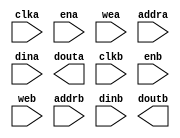
module ram_16x1k_dp (
  clka,
  ena,
  wea,
  addra,
  dina,
  douta,
  clkb,
  enb,
  web,
  addrb,
  dinb,
  doutb
);

  input clka;
  input ena;
  input [1 : 0] wea;
  input [9 : 0] addra;
  input [15 : 0] dina;
  output [15 : 0] douta;
  input clkb;
  input enb;
  input [1 : 0] web;
  input [9 : 0] addrb;
  input [15 : 0] dinb;
  output [15 : 0] doutb;

  // WARNING: This file provides a module declaration only, it does not support
  //          direct instantiation. Please use an instantiation template (VEO) to
  //          instantiate the IP within a design.

endmodule